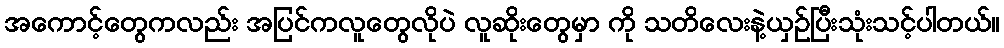
အကောင့်တွေကလည်း အပြင်ကလူတွေလိုပဲ လူဆိုးတွေမှာ ကို သတိလေးနဲ့ယှဉ်ပြီးသုံးသင့်ပါတယ်။